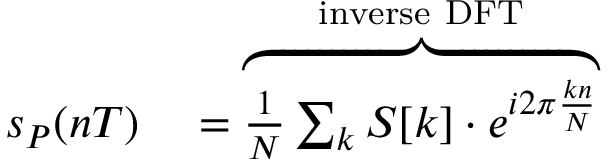
\begin{array} { r l } { s _ { P } ( n T ) } & { { } = \overbrace { { \frac { 1 } { N } } \sum _ { k } S [ k ] \cdot e ^ { i 2 \pi { \frac { k n } { N } } } } ^ { \mathrm { i n v e r s e ~ D F T } } } \end{array}